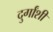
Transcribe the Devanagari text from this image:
दुर्गांशी